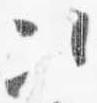
次